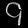
Digit: ၄